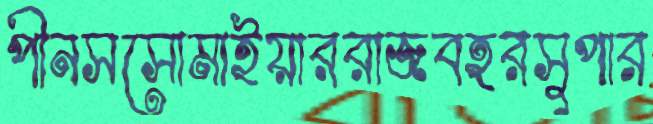
পীনসসোমাইয়াররাজবহরসুপার